Indian Medical Review
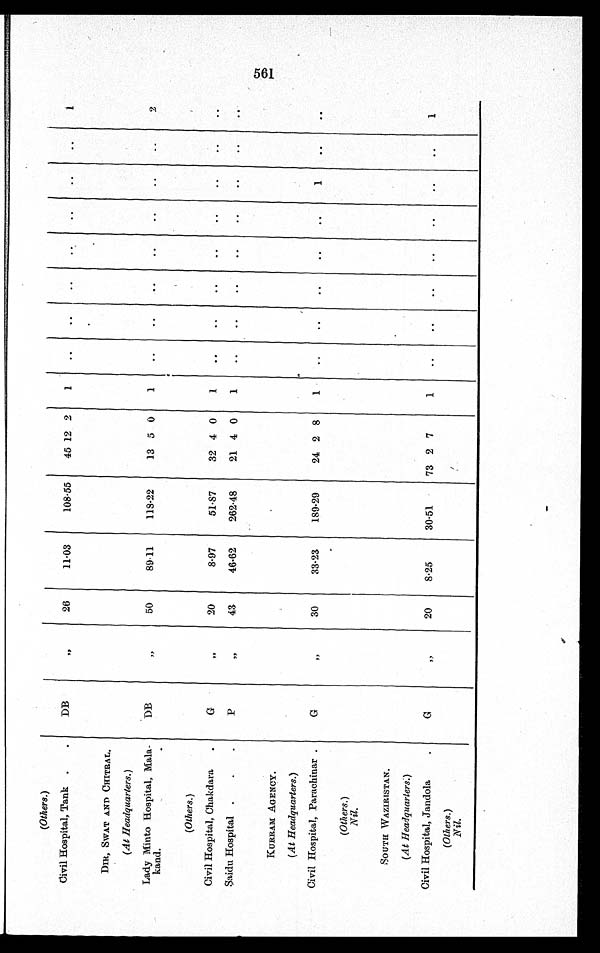
(Others. )
Civil Hospital, Tank
D B
„
2 6
11.03
108.55
45 12 2
1
1
DIR, SWAT AND CHITRAL.
(At Headquarters. )
Lady Minto Hospital, Mala-
kand.
D B
„
50
89.11
118.22
13 5 0
1
2
(Others. )
Civil Hospital, Chakdara
G
„
20
8.97
51.87
32 4 0
1
Saidu Hospital
P
„
43
46.62
262.48
2 1 4
0
1
KURRAM AGENCY.
(At Headquarters. )
Civil Hospital, Parachinar .
G
„
30
33.23
189.29
24 2 8
1
1
( Others. )
Nil.
SOUTH WAZIRISTAN.
(At Headquarters. )
Civil Hospital, Jandola
G
„
20
8.25
30.51
73 2 7
1
1
(Others. )
Nil.